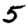
Digit: 5